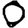
Digit: 0